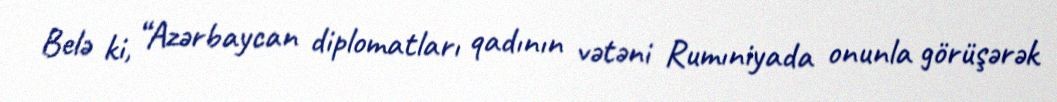
Belə ki, “Azərbaycan diplomatları qadının vətəni Rumıniyada onunla görüşərək